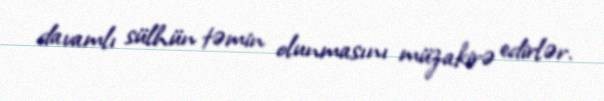
davamlı sülhün təmin olunmasını müzakirə edirlər.